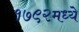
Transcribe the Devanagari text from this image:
१७९२मध्ये